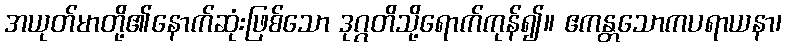
အယုတ်မာတို့၏နောက်ဆုံးဖြစ်သော ဒုဂ္ဂတိသို့ရောက်ကုန်၍။ ဧကန္တသောကပရာယနာ၊